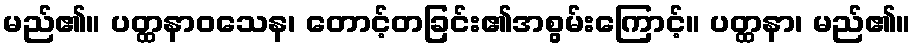
မည်၏။ ပတ္ထနာဝသေန၊ တောင့်တခြင်း၏အစွမ်းကြောင့်။ ပတ္ထနာ၊ မည်၏။